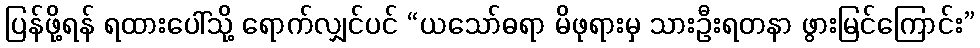
ပြန်ဖို့ရန် ရထားပေါ်သို့ ရောက်လျှင်ပင် “ယသော်ဓရာ မိဖုရားမှ သားဦးရတနာ ဖွားမြင်ကြောင်း”